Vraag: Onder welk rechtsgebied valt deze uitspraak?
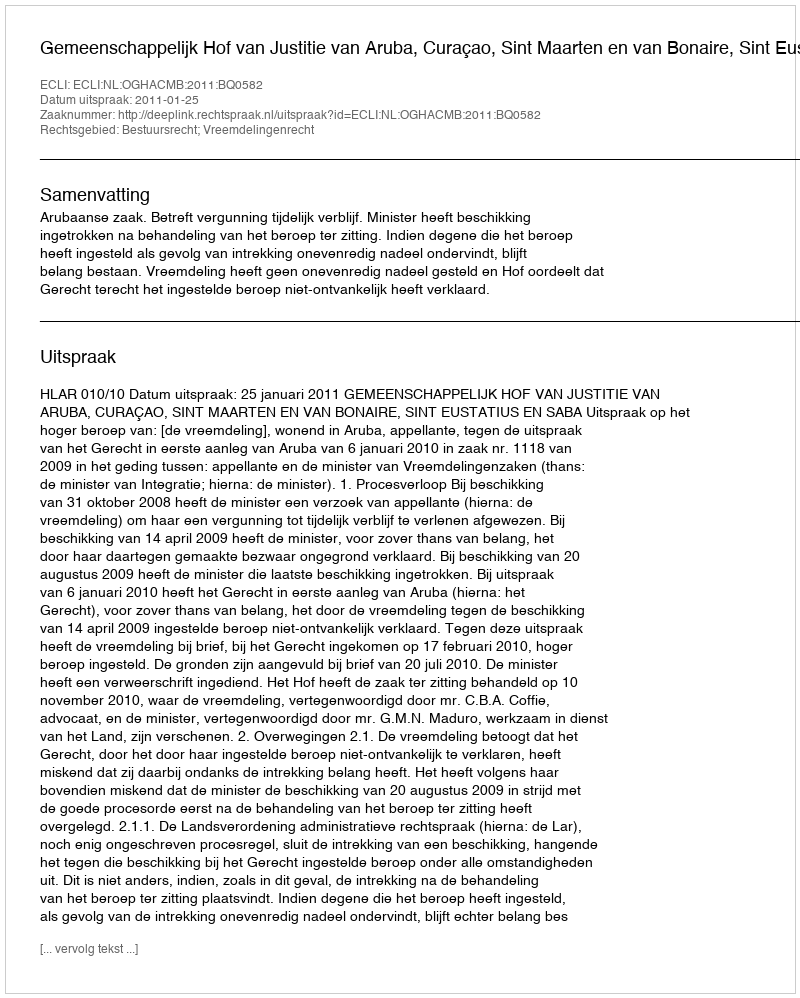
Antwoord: Bestuursrecht; Vreemdelingenrecht